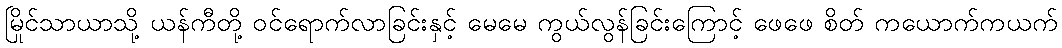
မြိုင်သာယာသို့ ယန်ကီတို့ ဝင်ရောက်လာခြင်းနှင့် မေမေ ကွယ်လွန်ခြင်းကြောင့် ဖေဖေ စိတ် ကယောက်ကယက်